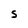
Character: S